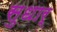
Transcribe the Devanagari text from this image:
सुधार्